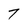
Character: 7